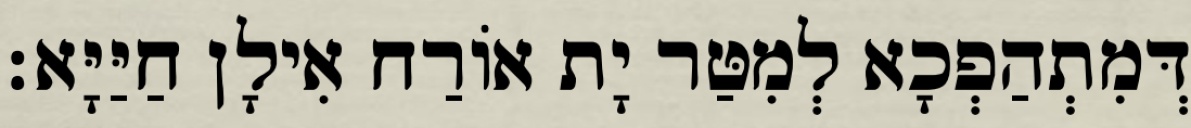
דְּמִתְהַפְכָא לְמִטַּר יָת אוֹרַח אִילָן חַיַּיָּא׃